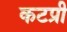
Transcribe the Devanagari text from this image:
कटप्री